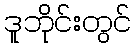
ဒူဘိုင်းတွင်